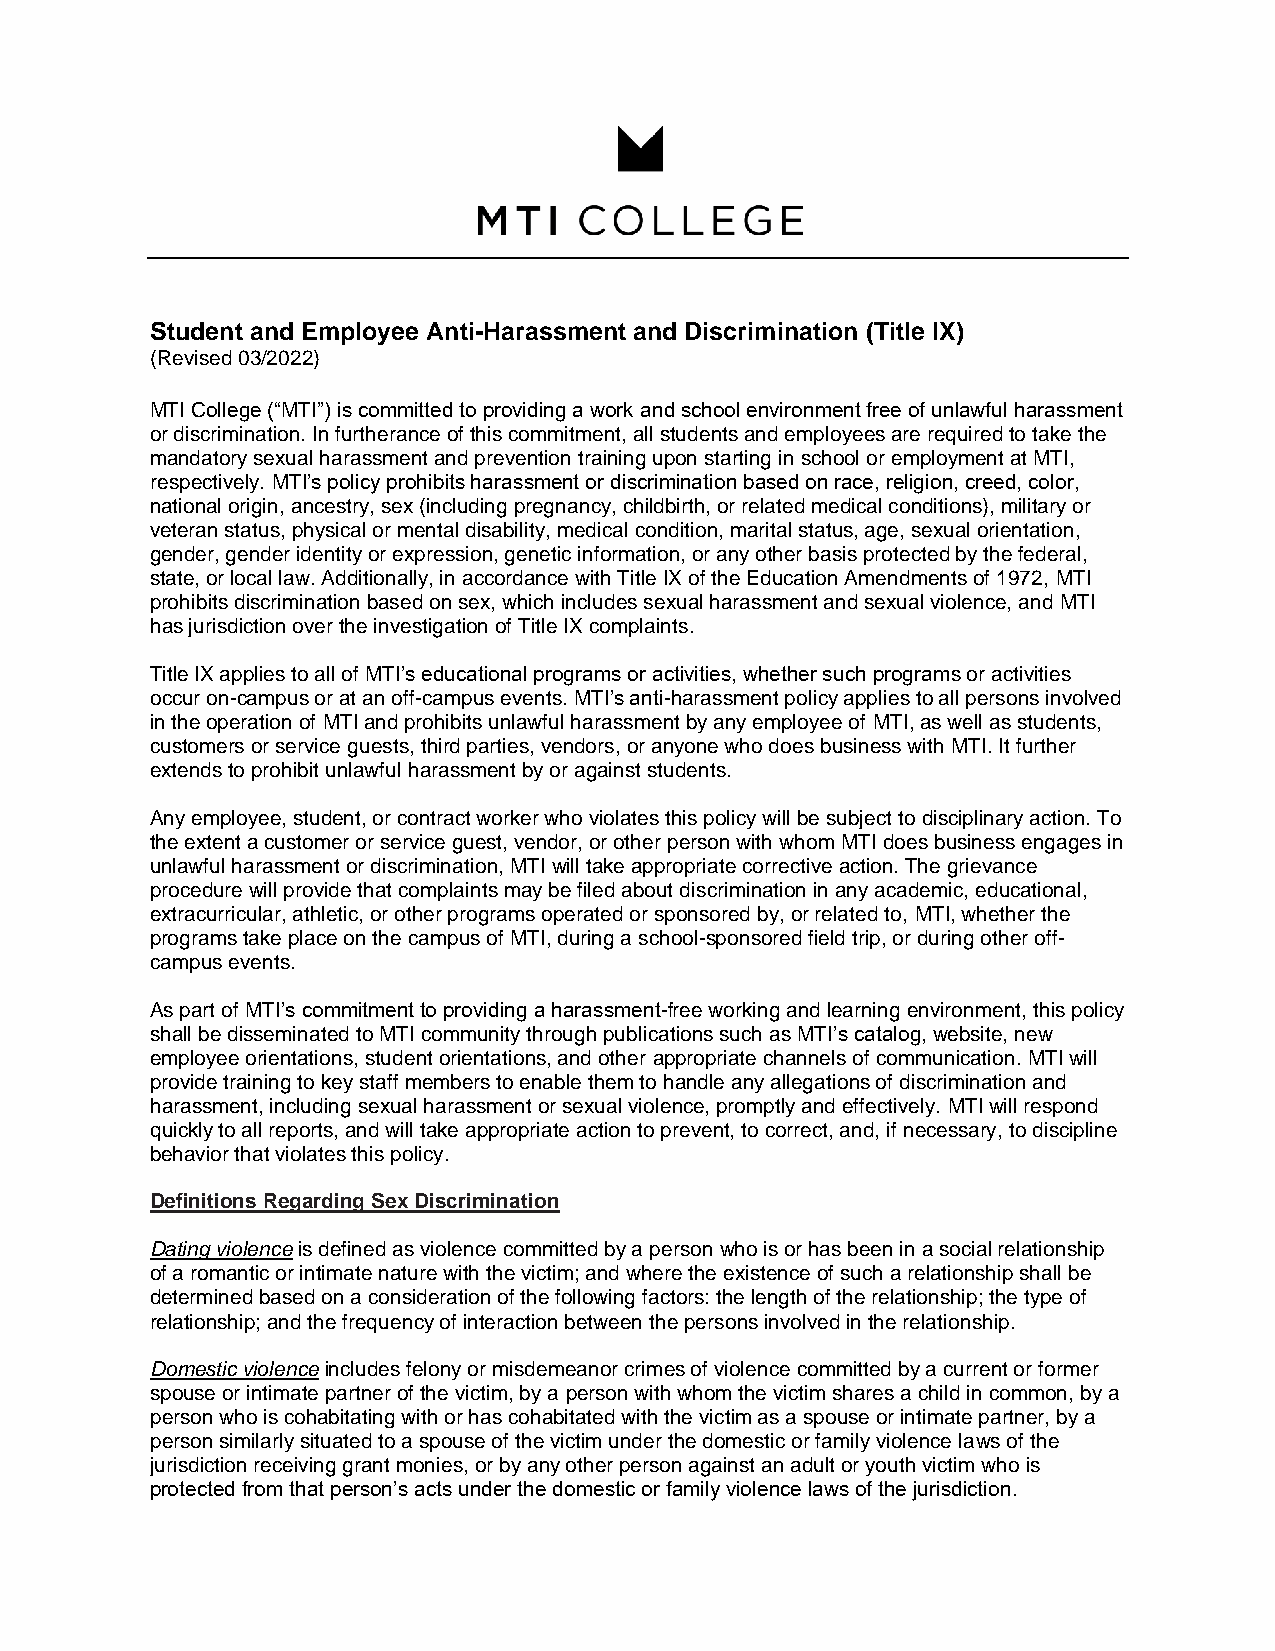
Student and Employee Anti-Harassment and Discrimination (Title IX)
 (Revised 03/2022)
 MTI College (“MTI”) is committed to providing a work and school environment free of unlawful harassment
 or discrimination. In furtherance of this commitment, all students and employees are required to take the
 mandatory sexual harassment and prevention training upon starting in school or employment at MTI,
 respectively. MTI’s policy prohibits harassment or discrimination based on race, religion, creed, color,
 national origin, ancestry, sex (including pregnancy, childbirth, or related medical conditions), military or
 veteran status, physical or mental disability, medical condition, marital status, age, sexual orientation,
 gender, gender identity or expression, genetic information, or any other basis protected by the federal,
 state, or local law. Additionally, in accordance with Title IX of the Education Amendments of 1972, MTI
 prohibits discrimination based on sex, which includes sexual harassment and sexual violence, and MTI
 has jurisdiction over the investigation of Title IX complaints.
 Title IX applies to all of MTI’s educational programs or activities, whether such programs or activities
 occur on-campus or at an off-campus events. MTI’s anti-harassment policy applies to all persons involved
 in the operation of MTI and prohibits unlawful harassment by any employee of MTI, as well as students,
 customers or service guests, third parties, vendors, or anyone who does business with MTI. It further
 extends to prohibit unlawful harassment by or against students.
 Any employee, student, or contract worker who violates this policy will be subject to disciplinary action. To
 the extent a customer or service guest, vendor, or other person with whom MTI does business engages in
 unlawful harassment or discrimination, MTI will take appropriate corrective action. The grievance
 procedure will provide that complaints may be filed about discrimination in any academic, educational,
 extracurricular, athletic, or other programs operated or sponsored by, or related to, MTI, whether the
 programs take place on the campus of MTI, during a school-sponsored field trip, or during other off-
 campus events.
 As part of MTI’s commitment to providing a harassment-free working and learning environment, this policy
 shall be disseminated to MTI community through publications such as MTI’s catalog, website, new
 employee orientations, student orientations, and other appropriate channels of communication. MTI will
 provide training to key staff members to enable them to handle any allegations of discrimination and
 harassment, including sexual harassment or sexual violence, promptly and effectively. MTI will respond
 quickly to all reports, and will take appropriate action to prevent, to correct, and, if necessary, to discipline
 behavior that violates this policy.
 Definitions Regarding Sex Discrimination
 Dating violence is defined as violence committed by a person who is or has been in a social relationship
 of a romantic or intimate nature with the victim; and where the existence of such a relationship shall be
 determined based on a consideration of the following factors: the length of the relationship; the type of
 relationship; and the frequency of interaction between the persons involved in the relationship.
 Domestic violence includes felony or misdemeanor crimes of violence committed by a current or former
 spouse or intimate partner of the victim, by a person with whom the victim shares a child in common, by a
 person who is cohabitating with or has cohabitated with the victim as a spouse or intimate partner, by a
 person similarly situated to a spouse of the victim under the domestic or family violence laws of the
 jurisdiction receiving grant monies, or by any other person against an adult or youth victim who is
 protected from that person’s acts under the domestic or family violence laws of the jurisdiction.